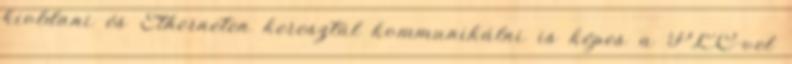
kioldani és Etherneten keresztül kommunikálni is képes a PLC-vel